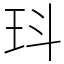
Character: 㺶